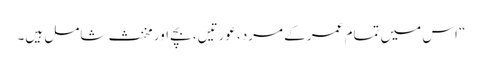
“ اس میں تمام عمر کے مرد، عورتیں، بچے اور مخنث شامل ہیں۔